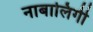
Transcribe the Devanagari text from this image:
नाबालिगी